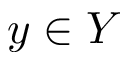
y \in Y